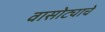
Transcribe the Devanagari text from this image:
वासोट्याचे